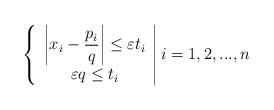
LaTeX: \begin{align*}\left\{ \begin{array}{c}\left\vert x_{i}-\dfrac{p_{i}}{q}\right\vert \leq \varepsilon t_{i} \\ \varepsilon q\leq t_{i}\end{array}\right\vert i=1,2,...,n \end{align*}